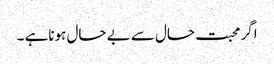
اگر محبت حال سے بے حال ہوناہے ۔